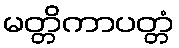
မတ္တိကာပတ္တံ